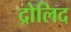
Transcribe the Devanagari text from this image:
द्रोलिद